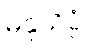
ဓနုသိပ္ပံ